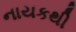
નાયકથી